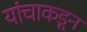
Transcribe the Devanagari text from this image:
यांचाकडून